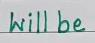
will be